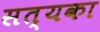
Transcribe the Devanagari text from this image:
सत्यका